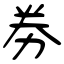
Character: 劵